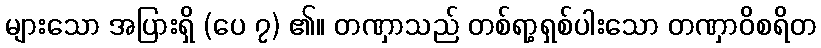
များသော အပြားရှိ (ပေ ၇) ၏။ တဏှာသည် တစ်ရာ့ရှစ်ပါးသော တဏှာဝိစရိတ